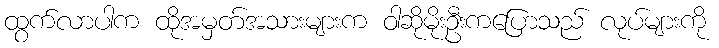
ထွက်လာပါက ထိုအမှတ်အသားများက ဝါဆိုမိုးဦးကပြောသည် လုပ်များကို